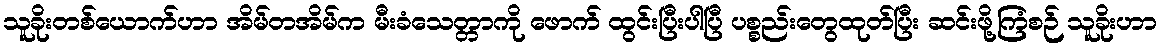
သူခိုးတစ်ယောက်ဟာ အိမ်တအိမ်က မီးခံသေတ္တာကို ဖောက် ထွင်းပြီးပါပြီ ပစ္စည်းတွေထုတ်ပြီး ဆင်းဖို့ကြံစဉ် သူခိုးဟာ